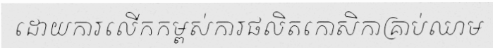
ដោយការលើកកម្ពស់ការផលិតកោសិកាគ្រាប់ឈាម